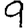
Digit: 9